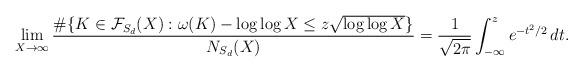
LaTeX: \begin{align*}\lim_{X\to\infty} \frac{\#\{K \in \mathcal{F}_{S_d}(X): \omega(K)-\log\log X \leq z \sqrt{\log\log X}\} }{N_{S_d}(X)} = \frac{1}{\sqrt{2\pi}} \int_{-\infty}^z e^{-t^2/2}\,dt.\end{align*}